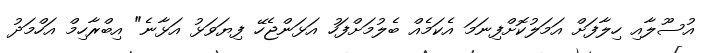
އުސޫލާއި ހިލާފަށް އަމަލުކޮށްފިނަމަ އެކަމެއް ބެލުމަށްފަހު އަޅަންޖެހޭ ފިޔަަވަޅު އަޅާނެ" އިބްރާހިމް އަހްމަދު